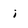
Character: i